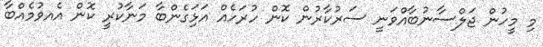
މި މީހުން ޖަލްސާނުބާއްވަނީ ސަރުކާރުން ކޮން ހުރަހެއް އަޅަިގެންބާ މަނާކުރީ ކޮން އެއވުމެއްބާ